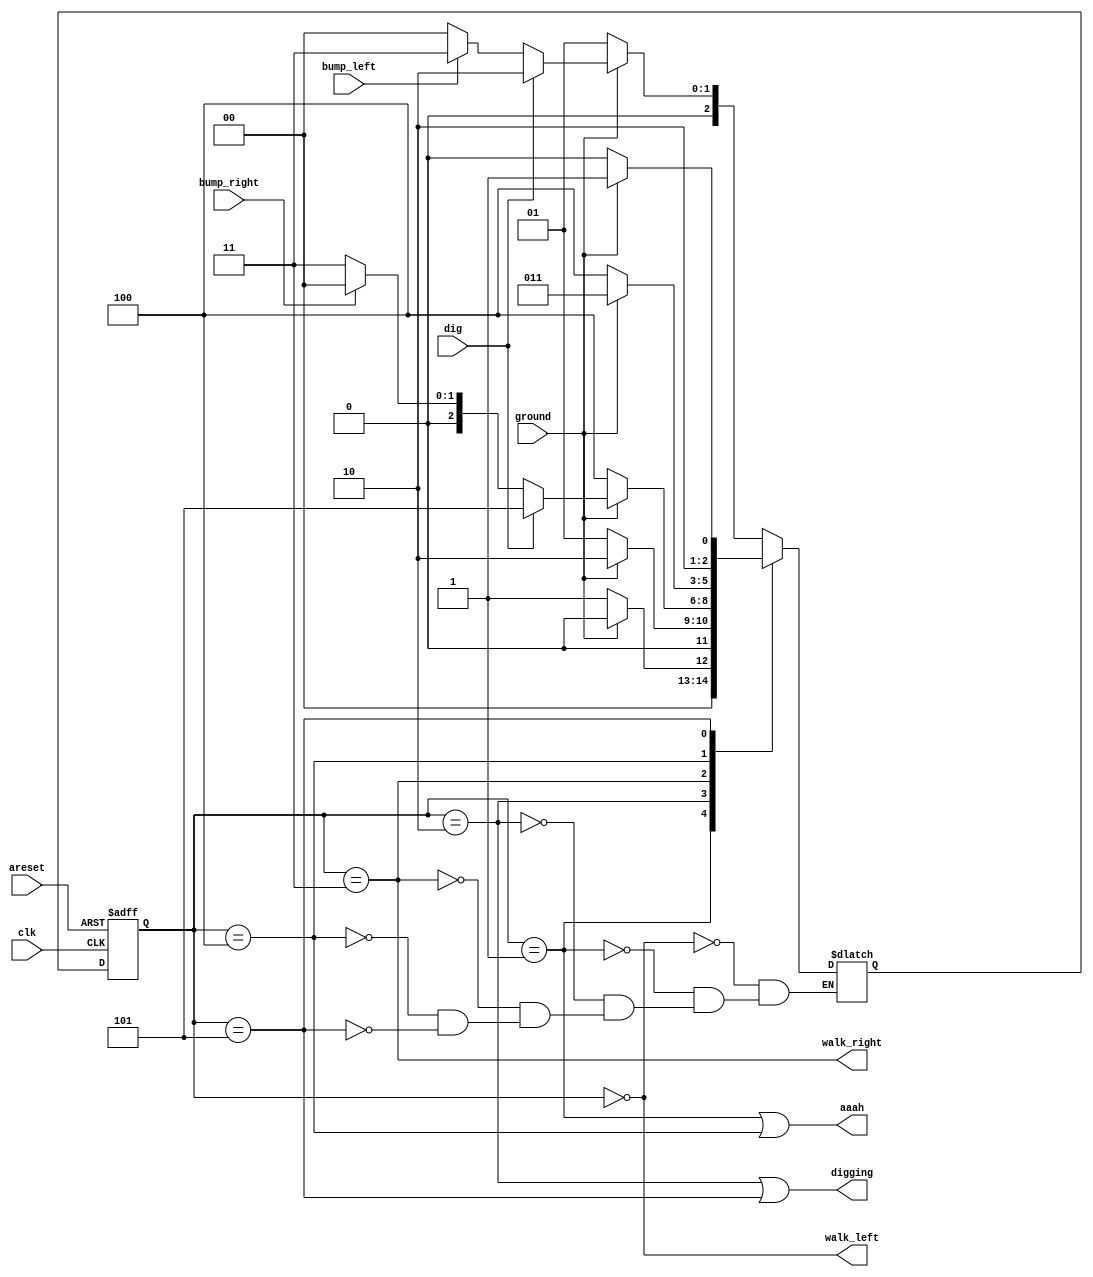
// This program was cloned from: https://github.com/anik-m/hdlbits_for_verilog
// License: GNU General Public License v3.0

module top_module(
    input clk,
    input areset,    // Freshly brainwashed Lemmings walk left.
    input bump_left,
    input bump_right,
    input ground,
    input dig,
    output walk_left,
    output walk_right,
    output aaah,
    output digging ); 
    parameter LEFT_W=0, LEFT_F=1, LEFT_DIG =2, RIGHT_W=3, RIGHT_F=4, RIGHT_DIG=5 ;//, ...
	reg [2:0] state, next_state;	

    always @(*) begin
        // State transition logic
        case(state)
            LEFT_W: next_state<=(~ground)?LEFT_F:(dig)?LEFT_DIG:(bump_left)?RIGHT_W:LEFT_W;
            LEFT_F: next_state<=(ground)?LEFT_W:LEFT_F;
            LEFT_DIG: next_state<=(~ground)?LEFT_F:LEFT_DIG;
            RIGHT_W: next_state<=(~ground)?RIGHT_F:(dig)?(RIGHT_DIG):(bump_right)?LEFT_W:RIGHT_W;
            RIGHT_F: next_state<=(ground)?RIGHT_W:RIGHT_F;
            RIGHT_DIG: next_state<=(~ground)?RIGHT_F:RIGHT_DIG;
        endcase            
    end

    always @(posedge clk, posedge areset) begin
        // State flip-flops with asynchronous reset
        if(areset)
            state<=LEFT_W;
        else
            state<=next_state;
    end

    // Output logic
    assign aaah = (state == LEFT_F || state == RIGHT_F);
    assign walk_left = (state == LEFT_W);
    assign walk_right = (state == RIGHT_W);
	assign digging = (state == LEFT_DIG || state == RIGHT_DIG);


endmodule